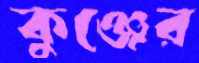
কুঞ্জের